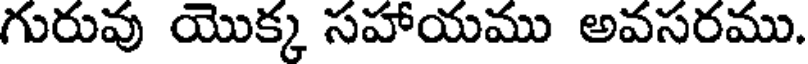
గురువు యొక్క సహాయము అవసరము.